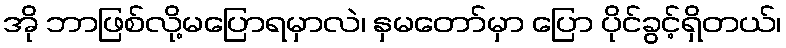
အို ဘာဖြစ်လို့မပြောရမှာလဲ၊ နှမတော်မှာ ပြော ပိုင်ခွင့်ရှိတယ်၊